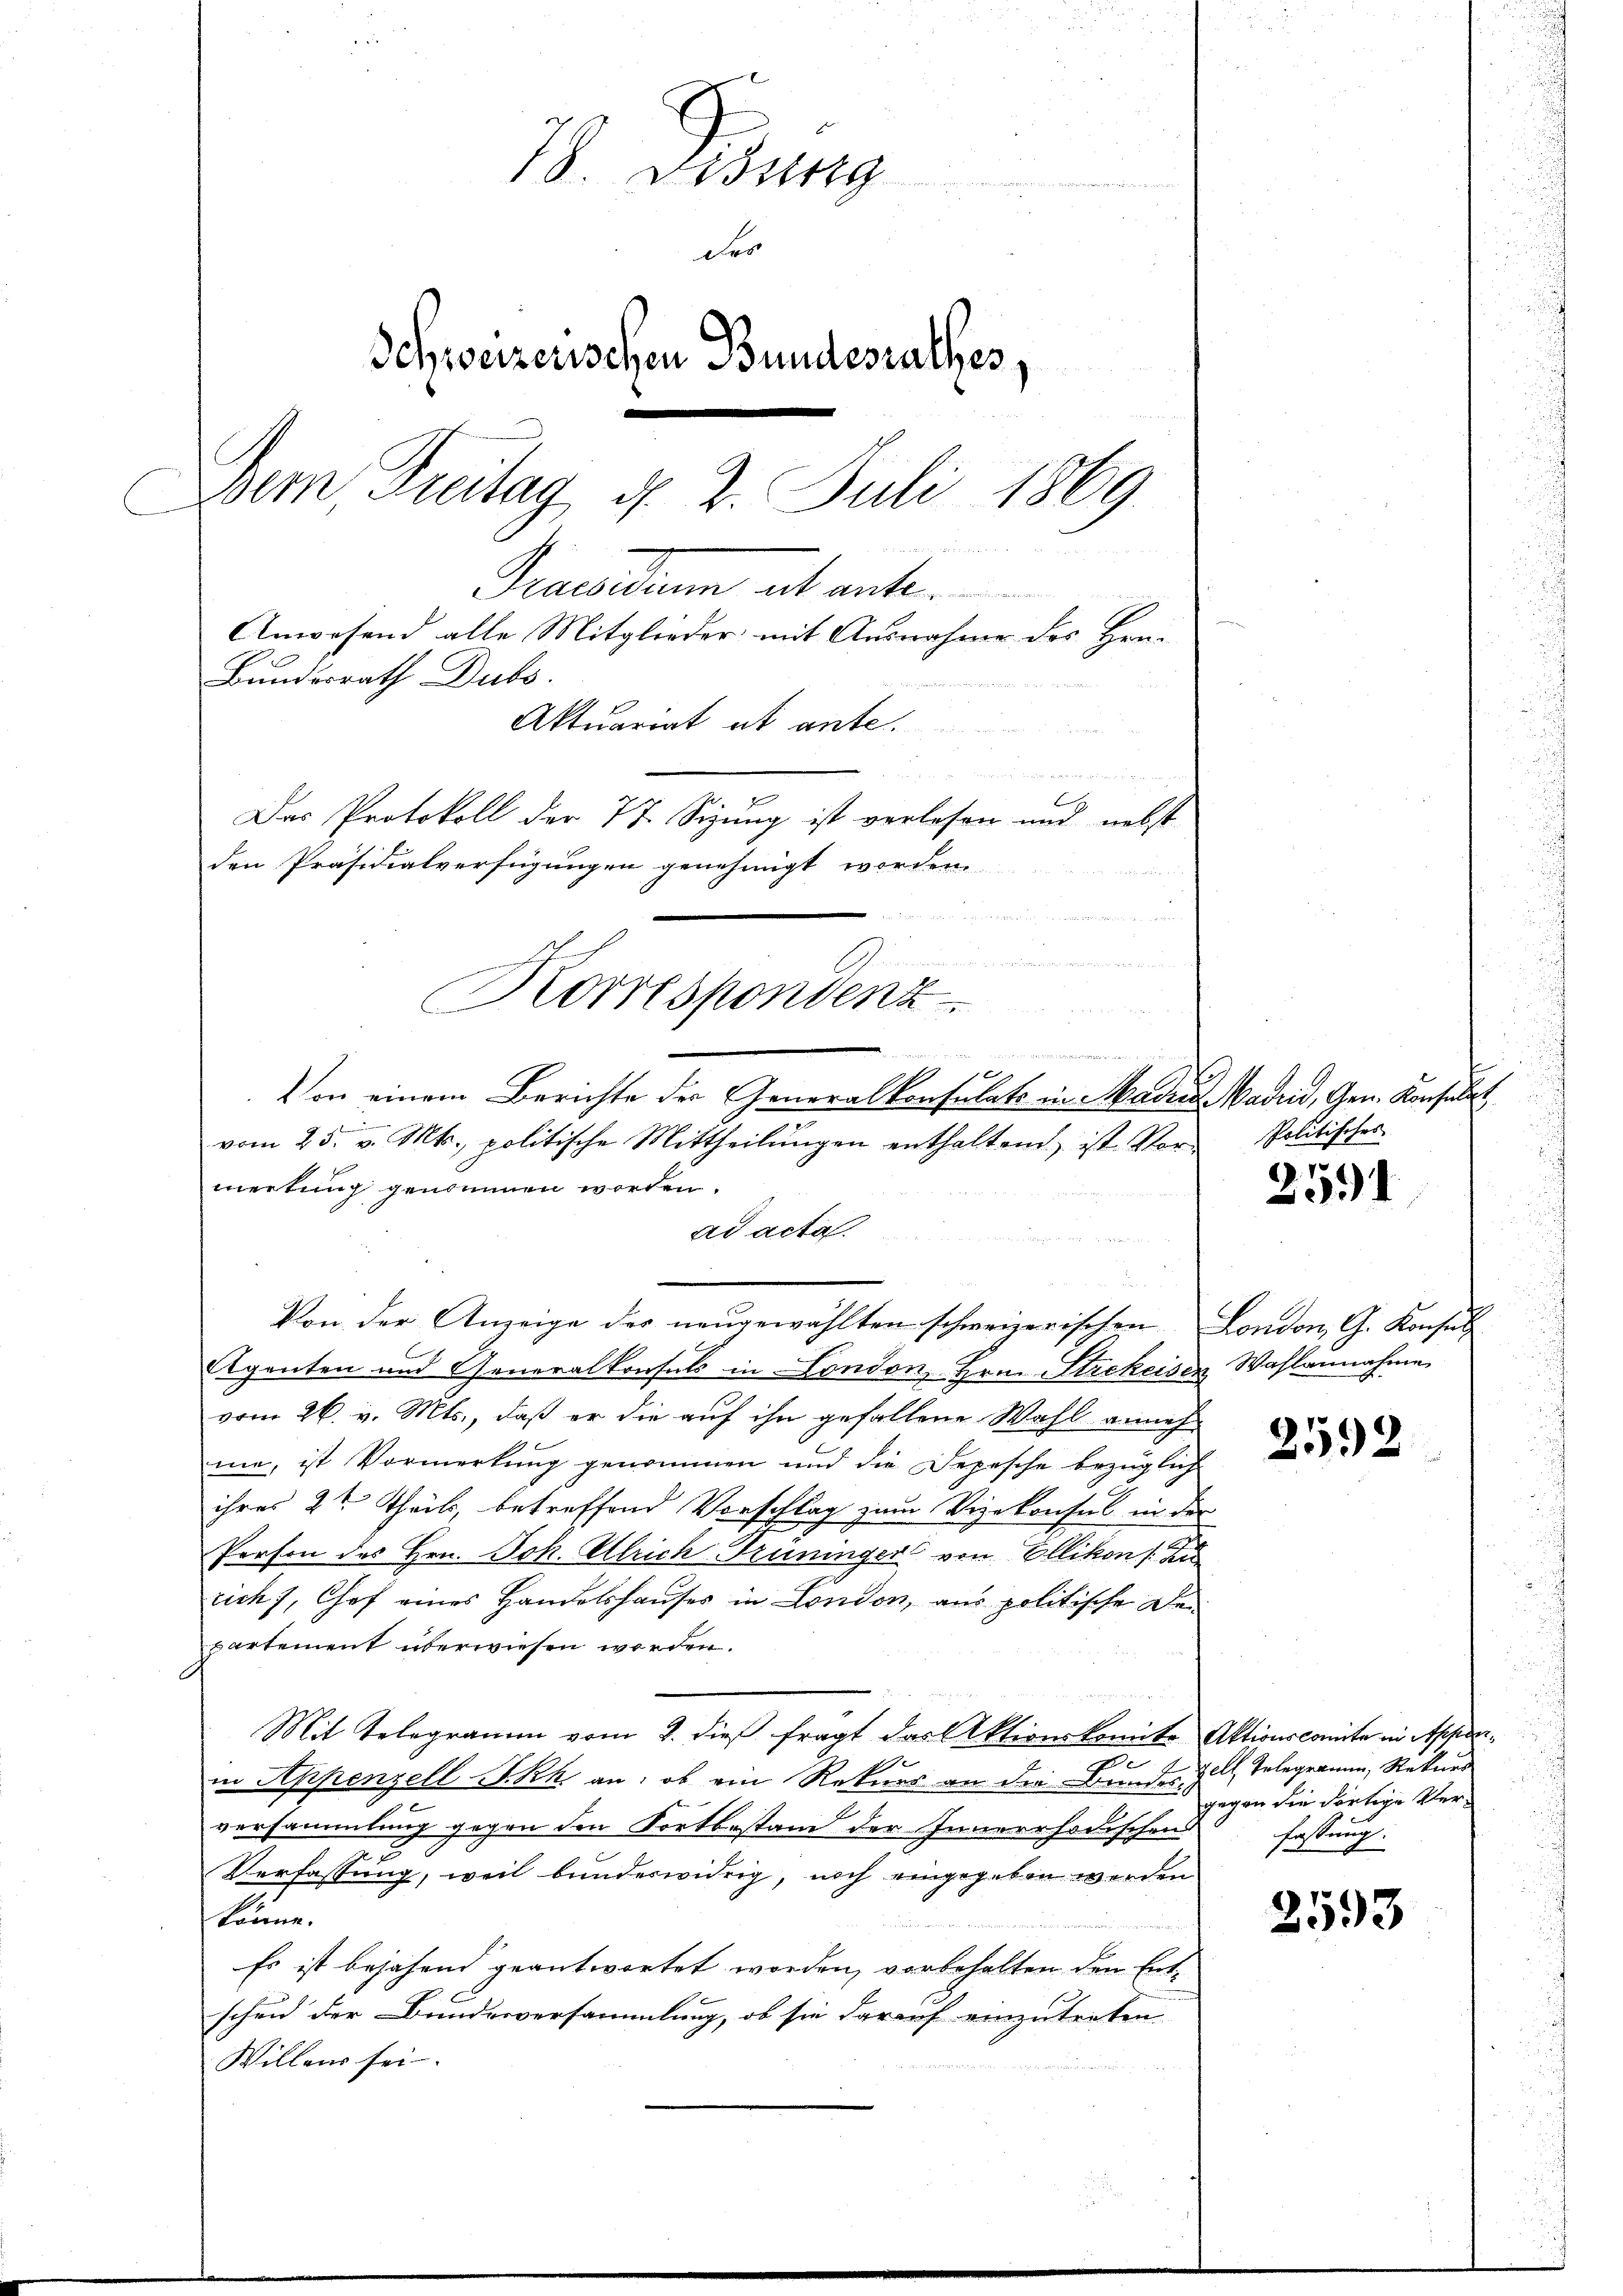
78. Diszig
Fes
Schweizenschen Bundesrathes,
Dem Freitag d. 2. Juli 1869

Praesiduum alt ant
Anwesend alle Mitglieder mit Ausnahme des Hrn.
Bundesrath Dubs.
Aktuariat et ante.
d
Das Protokoll der 77. Sizung ist verlesen und nebst
den Präsidialverfügungen genehmigt worden.

um
e
Korrespondenz
n
e
e
9

Von einem Berichte der Generalkonsulats in Madres Madrid, Gen. Konsulat
vom 25. v. Mts., politische Mittheilŭngen enthaltend, ist Vor-
mertung genommen worden.
ad acta.
u
n
Von der Anzeige der neugewählten schweizerischen London, G. Konsul
C
Eigenten und Generalkonsuls in London, Hrn. Strekeisen Wahlannahme
vom 26. v. Mts., daß er die auf ihn gefallene Wahl annehme, ist Vormerkung genommen und die Depesche bezüglich
ihres 2te Theils, betreffend Vorschlag zum Vizekonsul in der
Person des Hrn. Joh. Ulrich Trüninger von Ellikon u
rich), Chef eines Handelshauses in London, aus politische Departement überwiesen worden.
Mit Telegramm vom 2. dieß fragt das Aktionskomite Aktionscomite in Appar-
in Appenzell I.Rh. an: ob ein Rekurs an die Bundes-
.
versammlung gegen den Fortbestand der Innerrhodischen
Verfassung, weil bundeswidrig, noch eingegeben werden
könne.
Es ist bejahend geantwortet worden, vorbehalten den Entscheid der Bundesversammlung, ob sie darauf einzutreten
Willens sei.

Politisches

2591

2592

e elf Telegrammen, Rekurr
gegen die dortige Verfassung.

2593